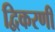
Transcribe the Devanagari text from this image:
द्विकरणी